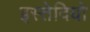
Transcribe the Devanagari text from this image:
इस्तेदियो